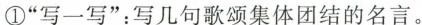
①”写一写”：写几句歌颂集体团结的名言。